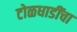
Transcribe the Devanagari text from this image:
टोळधाडींचा